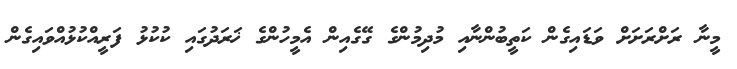
މީނާ ރަށްރަށަށް ވަޑައިގެން ކަތީބުންނާއި މުދިމުންގެ ގޭގެއިން އެމީހުންގެ ޚަރަދުގައި ކުކުޅު ފަރީއްކުޅުއްވައިގެން